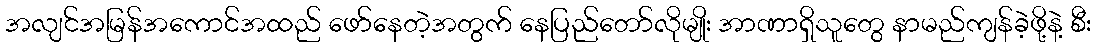
အလျင်အမြန်အကောင်အထည် ဖော်နေတဲ့အတွက် နေပြည်တော်လိုမျိုး အာဏာရှိသူတွေ နာမည်ကျန်ခဲ့ဖို့နဲ့ စီး